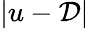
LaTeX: \left\vert u-\mathcal{D}\right\vert